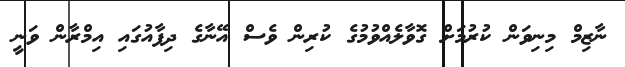
ނާޒިމް މިނިވަން ކުރުމަށް ގޮވާލެއްވުމުގެ ކުރިން ވެސް އޭނާގެ ދިފާއުގައި އިމްރާން ވަނީ